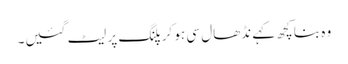
وہ بنا کچھ کہے نڈھال سی ہو کر پلنگ پر لیٹ گئیں۔